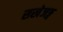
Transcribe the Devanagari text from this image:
सखेजङ्ग